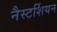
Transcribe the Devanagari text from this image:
नैस्टर्शियन